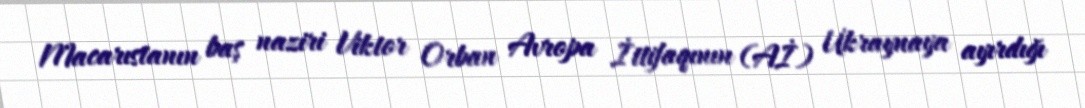
Macarıstanın baş naziri Viktor Orban Avropa İttifaqının (Aİ) Ukraynaya ayırdığı